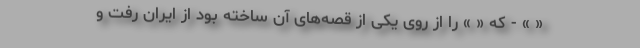
« » - که « » را از روی یکی از قصه‌های آن ساخته بود از ایران رفت و